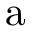
\mathrm { a }